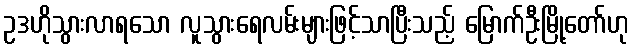
ဥဒဟိုသွားလာရသော လူသွားရေလမ်းများဖြင့်သာပြီးသည့် မြောက်ဦးမြို့တော်ဟု